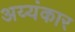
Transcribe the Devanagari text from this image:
अय्यंकार